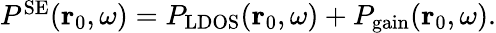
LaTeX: \begin{array}{r}{P^{\mathrm{SE}}(\mathbf{r}_{0},\omega)=P_{\mathrm{LDOS}}(\mathbf{r}_{0},\omega)+P_{\mathrm{gain}}(\mathbf{r}_{0},\omega).}\end{array}